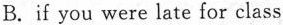
B.if you were late for class